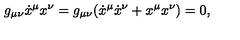
g _ { \mu \nu } \dot { x } ^ { \mu } x ^ { \nu } = g _ { \mu \nu } ( \dot { x } ^ { \mu } \dot { x } ^ { \nu } + x ^ { \mu } x ^ { \nu } ) = 0 ,